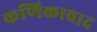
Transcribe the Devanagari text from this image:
कणिकावाद